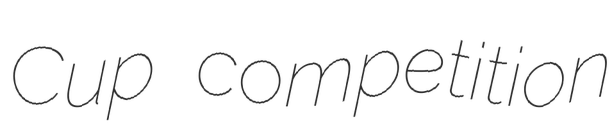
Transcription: Cup competition